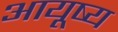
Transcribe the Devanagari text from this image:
आयूष्य